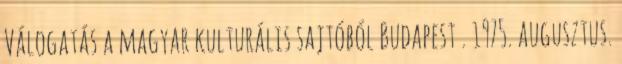
Válogatás a magyar kulturális sajtóból Budapest . 1975. augusztus.